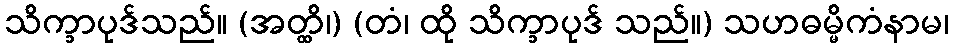
သိက္ခာပုဒ်သည်။ (အတ္ထိ၊) (တံ၊ ထို သိက္ခာပုဒ် သည်။) သဟဓမ္မိကံနာမ၊